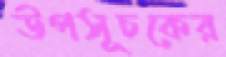
উপসূচকের